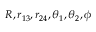
R , r _ { 1 3 } , r _ { 2 4 } , \theta _ { 1 } , \theta _ { 2 } , \phi